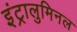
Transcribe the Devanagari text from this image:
इंट्रालुमिनल